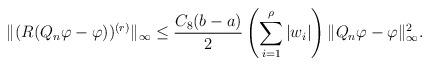
LaTeX: \begin{align*}\|( R ( Q_n \varphi - \varphi ) )^{(r)}\|_\infty \leq \frac {C_{8} (b - a)} {2} \left ( \sum_{i=1}^\rho | w_i | \right ) \|Q_n \varphi - \varphi \|_\infty^2.\end{align*}